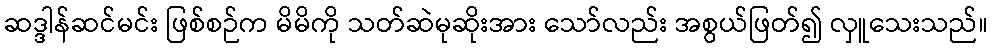
ဆဒ္ဒါန်ဆင်မင်း ဖြစ်စဉ်က မိမိကို သတ်ဆဲမုဆိုးအား သော်လည်း အစွယ်ဖြတ်၍ လှူသေးသည်။